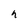
Character: n